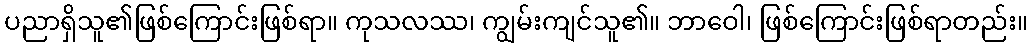
ပညာရှိသူ၏ဖြစ်ကြောင်းဖြစ်ရာ။ ကုသလဿ၊ ကျွမ်းကျင်သူ၏။ ဘာဝေါ၊ ဖြစ်ကြောင်းဖြစ်ရာတည်း။